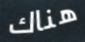
هناك